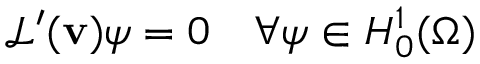
\mathcal { L } ^ { \prime } ( \mathbf { v } ) \boldsymbol { \psi } = 0 \quad \forall \boldsymbol { \psi } \in H _ { 0 } ^ { 1 } ( \Omega )